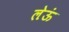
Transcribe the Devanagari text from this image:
लेऊं